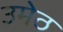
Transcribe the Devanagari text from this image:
उमेठ